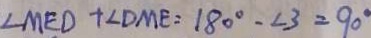
\angle M E D + \angle D M E = 1 8 0 ^ { \circ } - \angle 3 = 9 0 ^ { \circ }